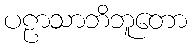
ပဠာသာဘိဘူတော